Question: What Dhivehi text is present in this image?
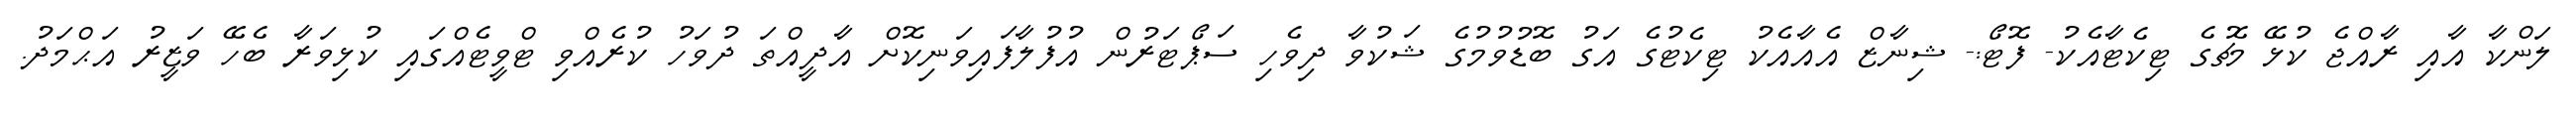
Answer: ލަންކާ އާއި ރާއްޖެ ކުޅޭ މެޗުގެ ޓިކެޓާއެކު- ފޮޓޯ:- ޝިނާޒް އެއާއެކު ޓިކެޓުގެ އަގު ބޮޑުވުމުގެ ޝަކުވާ ދިވެހި ސަޕޯޓަރުން އުފުލާފައިވަނިކޮށް އާދީއްތަ ދުވަހު ކުރެއްވި ޓްވީޓެއްގައި ކުޅިވަރާ ބެހޭ ވަޒީރު އަޙްމަދު.